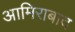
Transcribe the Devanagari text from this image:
आमिराबाद